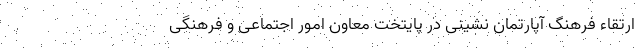
ارتقاء فرهنگ آپارتمان نشینی در پایتخت معاون امور اجتماعی و فرهنگی